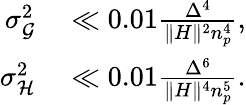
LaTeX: \begin{array}{rl}{\sigma_{\mathcal{G}}^{2}}&{{}\ll 0.01\frac{\Delta^{4}}{\lVert H\rVert^{2}n_{p}^{4}},}\\ {\sigma_{\mathcal{H}}^{2}}&{{}\ll 0.01\frac{\Delta^{6}}{\lVert H\rVert^{4}n_{p}^{5}}.}\end{array}